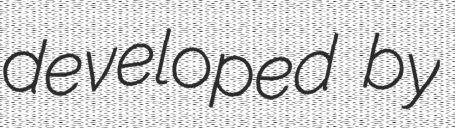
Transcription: developed by